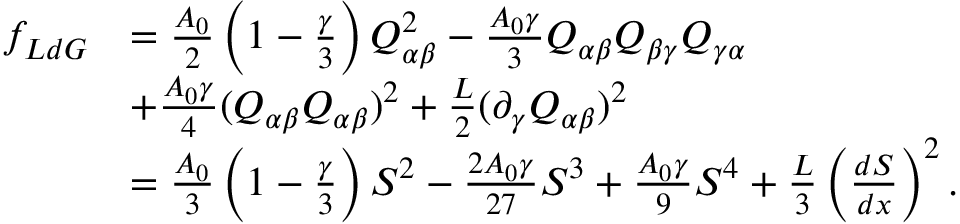
\begin{array} { r l } { f _ { L d G } } & { = \frac { A _ { 0 } } { 2 } \left( 1 - \frac { \gamma } { 3 } \right) Q _ { \alpha \beta } ^ { 2 } - \frac { A _ { 0 } \gamma } { 3 } Q _ { \alpha \beta } Q _ { \beta \gamma } Q _ { \gamma \alpha } } \\ & { + \frac { A _ { 0 } \gamma } { 4 } ( Q _ { \alpha \beta } Q _ { \alpha \beta } ) ^ { 2 } + \frac { L } { 2 } ( \partial _ { \gamma } Q _ { \alpha \beta } ) ^ { 2 } } \\ & { = \frac { A _ { 0 } } { 3 } \left( 1 - \frac { \gamma } { 3 } \right) S ^ { 2 } - \frac { 2 A _ { 0 } \gamma } { 2 7 } S ^ { 3 } + \frac { A _ { 0 } \gamma } { 9 } S ^ { 4 } + \frac { L } { 3 } \left( \frac { d S } { d x } \right) ^ { 2 } . } \end{array}